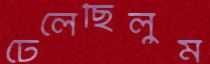
ঢেলেছিলুম